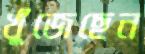
খুঁজেছেন